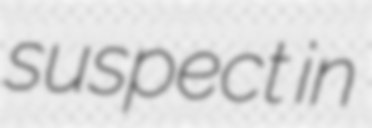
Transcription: suspect in